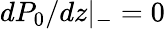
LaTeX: dP_{0}/dz|_{-}=0